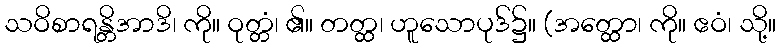
သဝိစာရန္တိအာဒိ၊ ကို။ ဝုတ္တံ၊ ၏။ တတ္ထ၊ ဟူသောပုဒ်၌။ (အတ္ထော၊ ကို။ ဧဝံ၊ သို့။